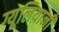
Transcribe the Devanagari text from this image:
ग्यूलियानी